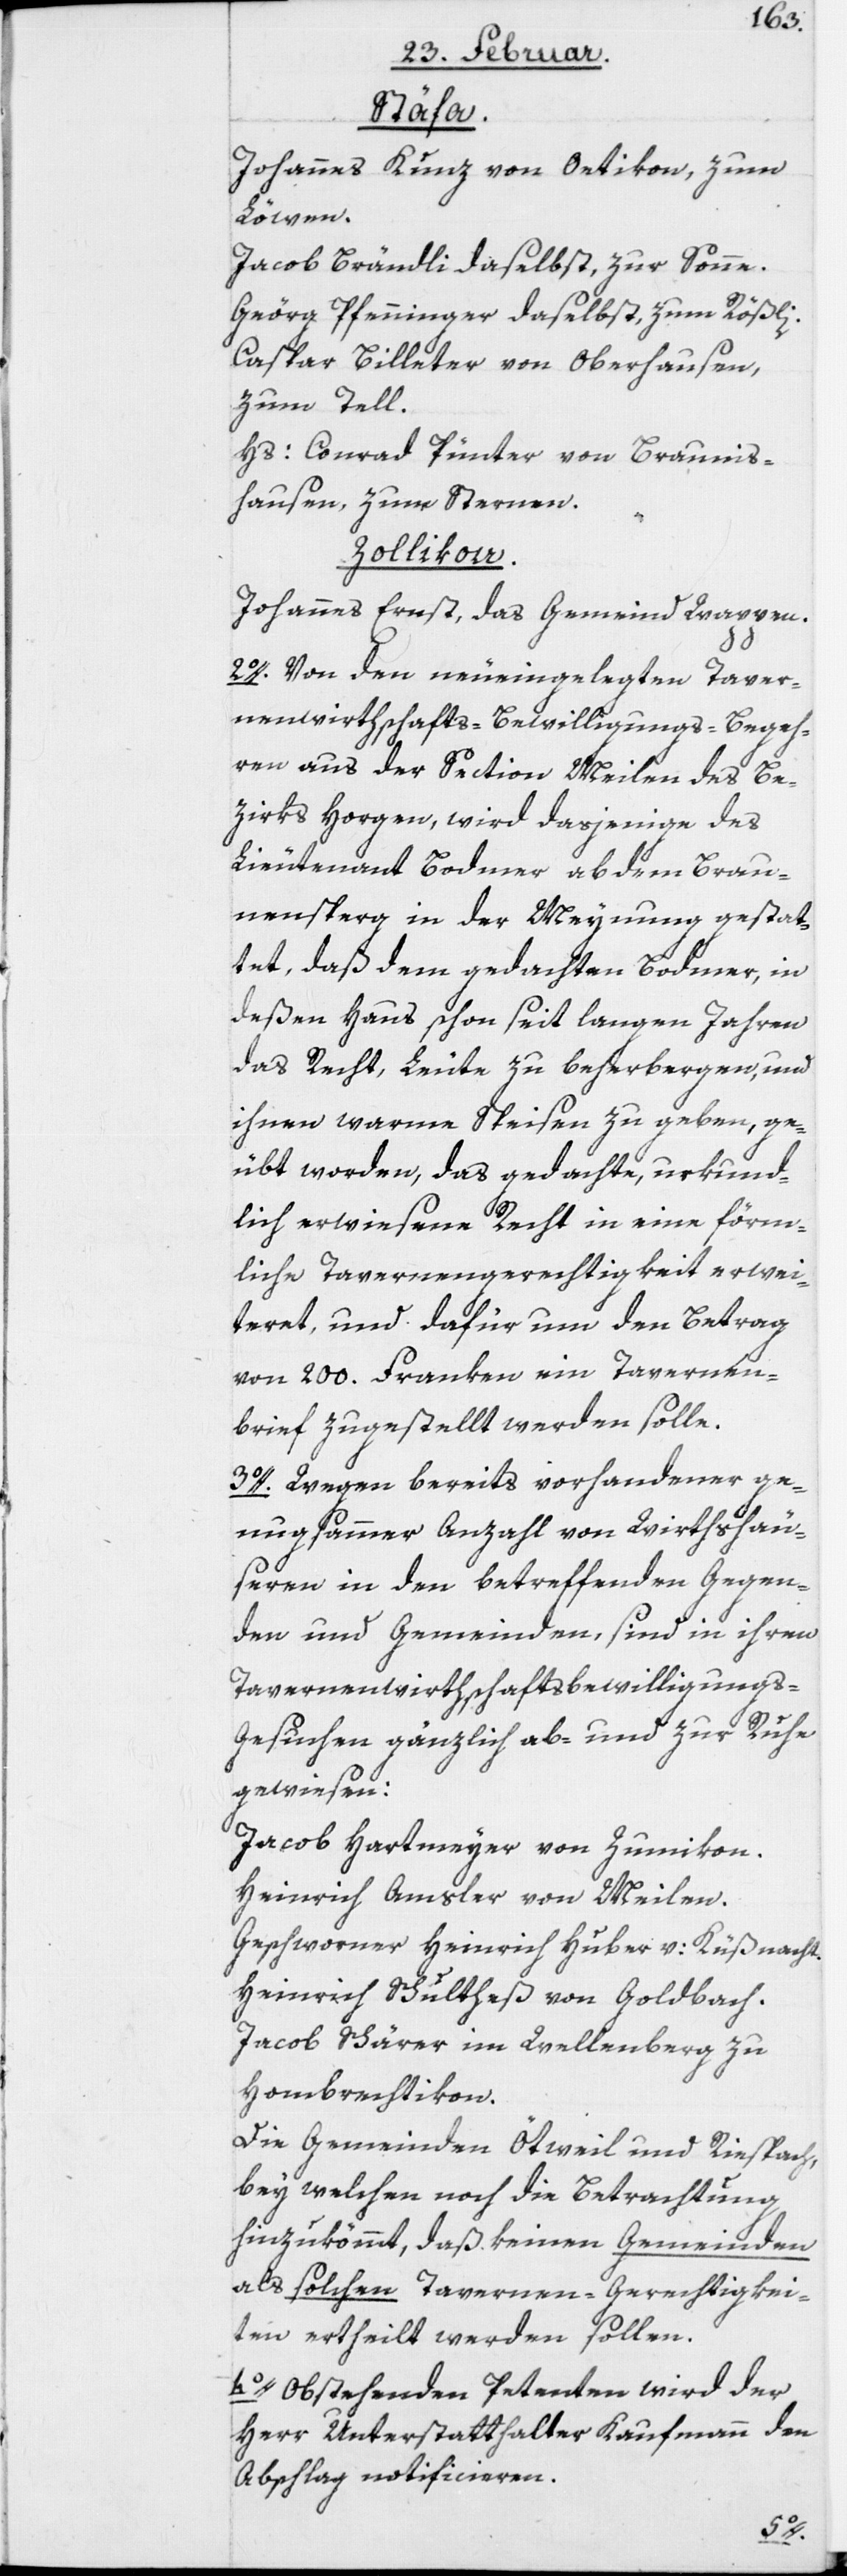
Stäfa.
Johannes Kunz von Oetikon, zum
Löwen.
Jacob Brändli daselbst, zur Sonne.
Geörg Pfenninger daselbst, zum Rößli.
Caspar Billeter von Oberhausen,
zum Tell.
Hs: Conrad Pünter von Braunis¬
hausen, zum Sternen.
Zollikon.
Johannes Ernst, das Gemeind[-]Wappen.
2o. Von den neueingelegten Taver¬
nenwirthschafts-Bewilligungs-Begeh¬
ren aus der Section Meilen des Be¬
zirks Horgen, wird dasjenige des
Lieutenant Bodmer ab dem Brau¬
nensperg in der Meynung gestat¬
tet, daß dem gedachten Bodmer, in
deßen Haus schon seit langen Jahren
das Recht, Leute zu beherbergen, und
ihnen warme Speisen zu geben, ge¬
übt worden, das gedachte, urkund¬
lich erwiesene Recht in eine förm¬
liche Tavernengerechtigkeit erwei¬
teret, und dafür um den Betrag
von 200. Franken ein Tavernen¬
brief zugestellt werden solle.
3o. Wegen bereits vorhandener ge¬
nugsammer Anzahl von Wirthshäu¬
seren in den betreffenden Gegen¬
den und Gemeinden, sind in ihren
Tavernenwirthschaftsbewilligungs-G¬
esuchen gänzlich ab- und zur Ruhe
gewiesen:
Jacob Hartmeyer von Zumikon.
Heinrich Amsler von Meilen.
Geschworner Heinrich Huber v: Küßnacht.
Heinrich Schultheß von Goldbach.
Jacob Schärer im Wellenberg zu
Hombrechtikon.
Die Gemeinden Ötweil und Riespach,
bey welchen noch die Betrachtung
hinzukömmt, daß keinen Gemeinden
als solchen Tavernen-Gerechtigkei¬
ten ertheilt werden sollen.
4o. Obstehenden Petenten wird der
Herr Unterstatthalter Kaufmann den
Abschlag notificieren.